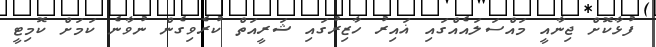
ފުޅާކޮށް ޖިނާއީ މައްސަލައެއްގައި ޣައިރު ހާޒިރުގައި ޝަރީއަތް ކުރެވިގެން ނުވާނެ ކަމަށް ކޮމިޓީ